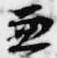
兼